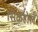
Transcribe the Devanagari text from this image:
सिंकहोल